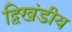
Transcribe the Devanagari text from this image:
द्विखंडीय